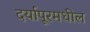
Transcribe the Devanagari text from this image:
दर्यापूरमधील